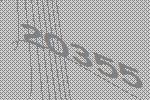
20355